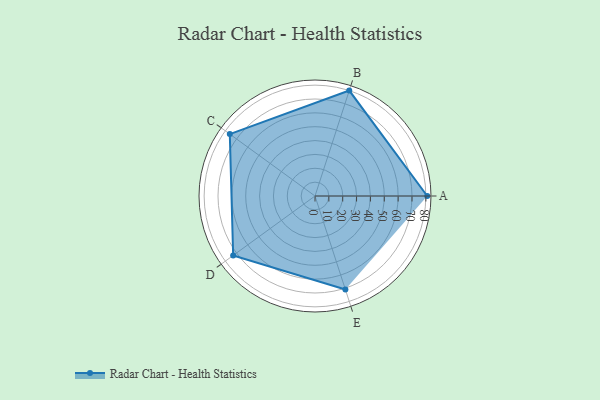
{"axis": {"x": "Skill", "y": "Score"}, "legend": ["Profile"], "data": [{"x": "A", "y": 81.0, "type": "Profile"}, {"x": "B", "y": 80.0, "type": "Profile"}, {"x": "C", "y": 76.0, "type": "Profile"}, {"x": "D", "y": 73.0, "type": "Profile"}, {"x": "E", "y": 71.0, "type": "Profile"}]}